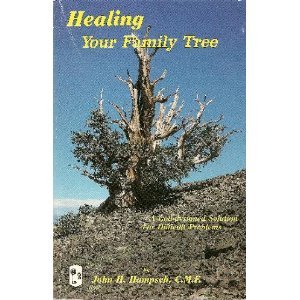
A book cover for Healing Your Family Tree; John H. Hampsch; Christian Books & Bibles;